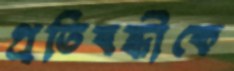
প্রতিবন্ধীকে